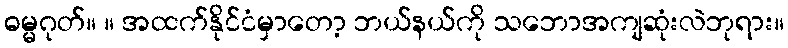
ဓမ္မဂုတ်။ ။ အထက်နိုင်ငံမှာတော့ ဘယ်နယ်ကို သဘောအကျဆုံးလဲဘုရား။